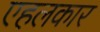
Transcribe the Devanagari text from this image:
एहलकार